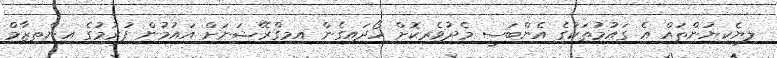
ލިޔެކިޔުންތައް އެ ގައުމުތަކުގެ އެންބަސީ މެދުވެރިކޮށް ހޯދައިގެން އިމިގްރޭޝަނަށް އައުމުން ފުރުމުގެ އިންތިޒާމް